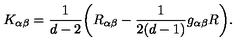
K _ { \alpha \beta } = \frac { 1 } { d - 2 } \bigg ( R _ { \alpha \beta } - \frac { 1 } { 2 ( d - 1 ) } g _ { \alpha \beta } R \bigg ) .